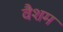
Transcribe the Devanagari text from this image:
वैशम